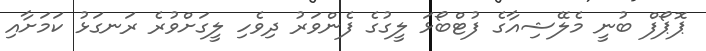
ޕޮޕޯފް ބުނީ މެލޭޝިއާގެ ފުޓްބޯޅަ ލީގުގެ ފެންވަރު ދިވެހި ލީގަށްވުރެ ރަނގަޅު ކަމަށާއި